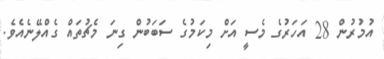
އުމުރުން 28 އަހަރުގެ މެސީ އަށް މިކަމުގެ ސަބަބުން ގިނަ މެޗުތައް ގެއްލޭނެއެވެ.